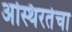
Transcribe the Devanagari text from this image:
अस्थिरतेचा